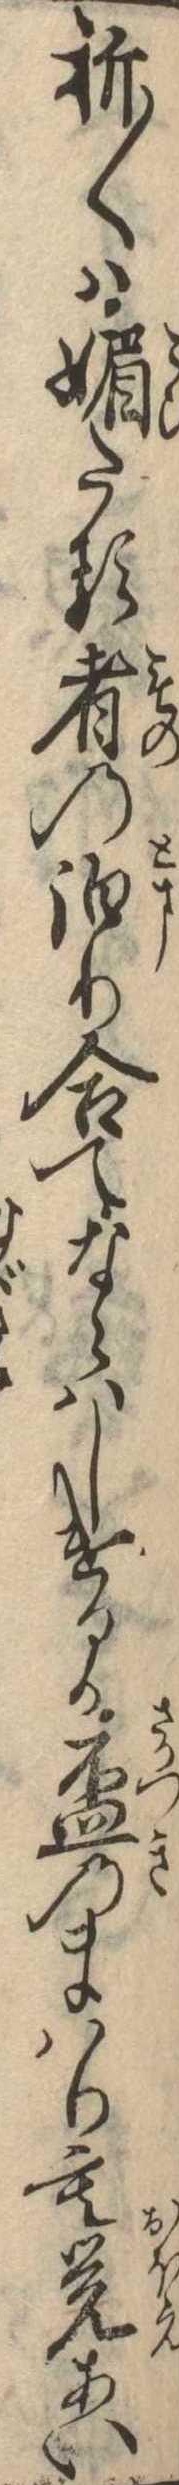
折〱は媚たる者の泊り合てならはしけるか杯のまはりも覚あい